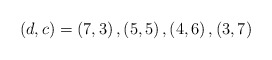
\begin{align*}(d,c)=\left( 7,3\right) ,\left( 5,5\right) ,\left( 4,6\right) ,\left(3,7\right)\end{align*}